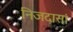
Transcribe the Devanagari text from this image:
निजदासां